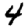
Digit: 4